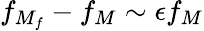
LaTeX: f_{M_{f}}-f_{M}\sim\epsilon f_{M}